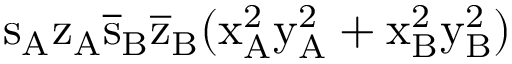
\mathrm { s _ { A } \mathrm { z _ { A } \mathrm { \overline { { s } } _ { B } \mathrm { \overline { { z } } _ { B } ( \mathrm { x _ { A } ^ { 2 } \mathrm { y _ { A } ^ { 2 } + \mathrm { x _ { B } ^ { 2 } \mathrm { y _ { B } ^ { 2 } ) } } } } } } } }